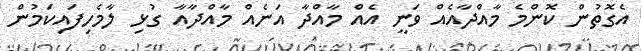
އެގޮތުން ކޮންމެ މާއްދާއެއް ވަނީ އެއް މާއްދާ އަނެއް މާއްދާއާ ގުޅި ލާމެހިފައިކަމުން